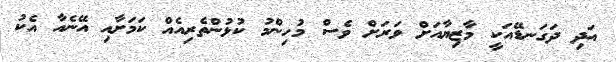
އަދި ދަގަނޑޭއަކީ މާޒިޔާއަށް ވަރަށް ވެސް މުހިންމު ކުޅުންތެރިއެއް ކަމަށާއި އޭނެއާ އެކު